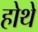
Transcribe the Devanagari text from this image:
होथे